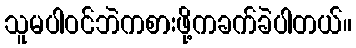
သူမပါဝင်ဘဲကစားဖို့ကခက်ခဲပါတယ်။